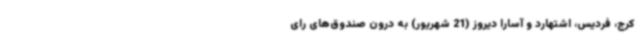
کرج، فردیس، اشتهارد و آسارا دیروز (21 شهریور) به درون صندوق‌های رای